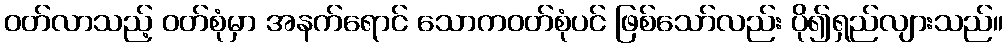
ဝတ်လာသည့် ဝတ်စုံမှာ အနက်ရောင် သောကဝတ်စုံပင် ဖြစ်သော်လည်း ပို၍ရှည်လျားသည်။